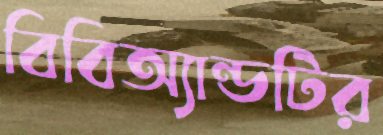
বিবিঅ্যান্ডটির